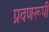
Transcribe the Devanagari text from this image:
प्रवणरूपी